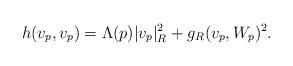
LaTeX: \begin{align*}h(v_p,v_p)= \Lambda(p) |v_p|_R^2+ g_R(v_p,W_p)^2.\end{align*}